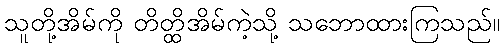
သူတို့အိမ်ကို တိတ္ထိအိမ်ကဲ့သို့ သဘောထားကြသည်။